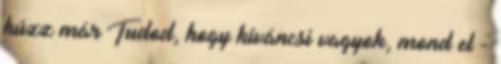
húzz már Tudod, hogy kíváncsi vagyok, mond el -